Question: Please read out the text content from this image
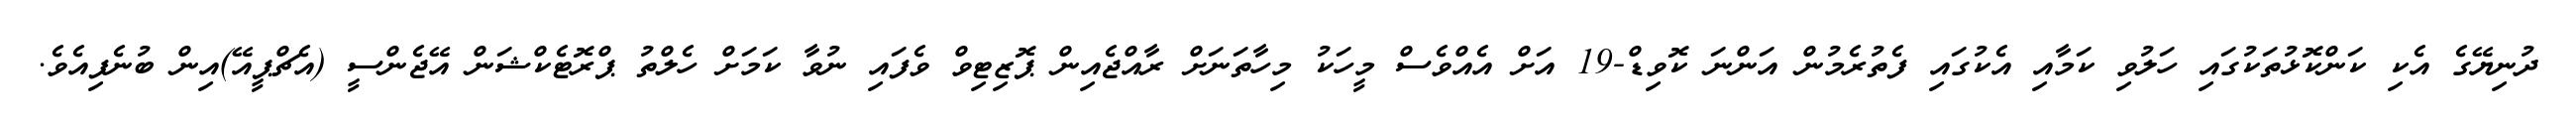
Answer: ދުނިޔޭގެ އެކި ކަންކޮޅުތަކުގައި ހަލުވި ކަމާއި އެކުގައި ފެތުރެމުން އަންނަ ކޮވިޑް-19 އަށް އެއްވެސް މީހަކު މިހާތަނަށް ރާއްޖެއިން ޕޮޒިޓިވް ވެފައި ނުވާ ކަމަށް ހެލްތު ޕްރޮޓެކްޝަން އޭޖެންސީ (އެޗްޕީއޭ)އިން ބުނެފިއެވެ.